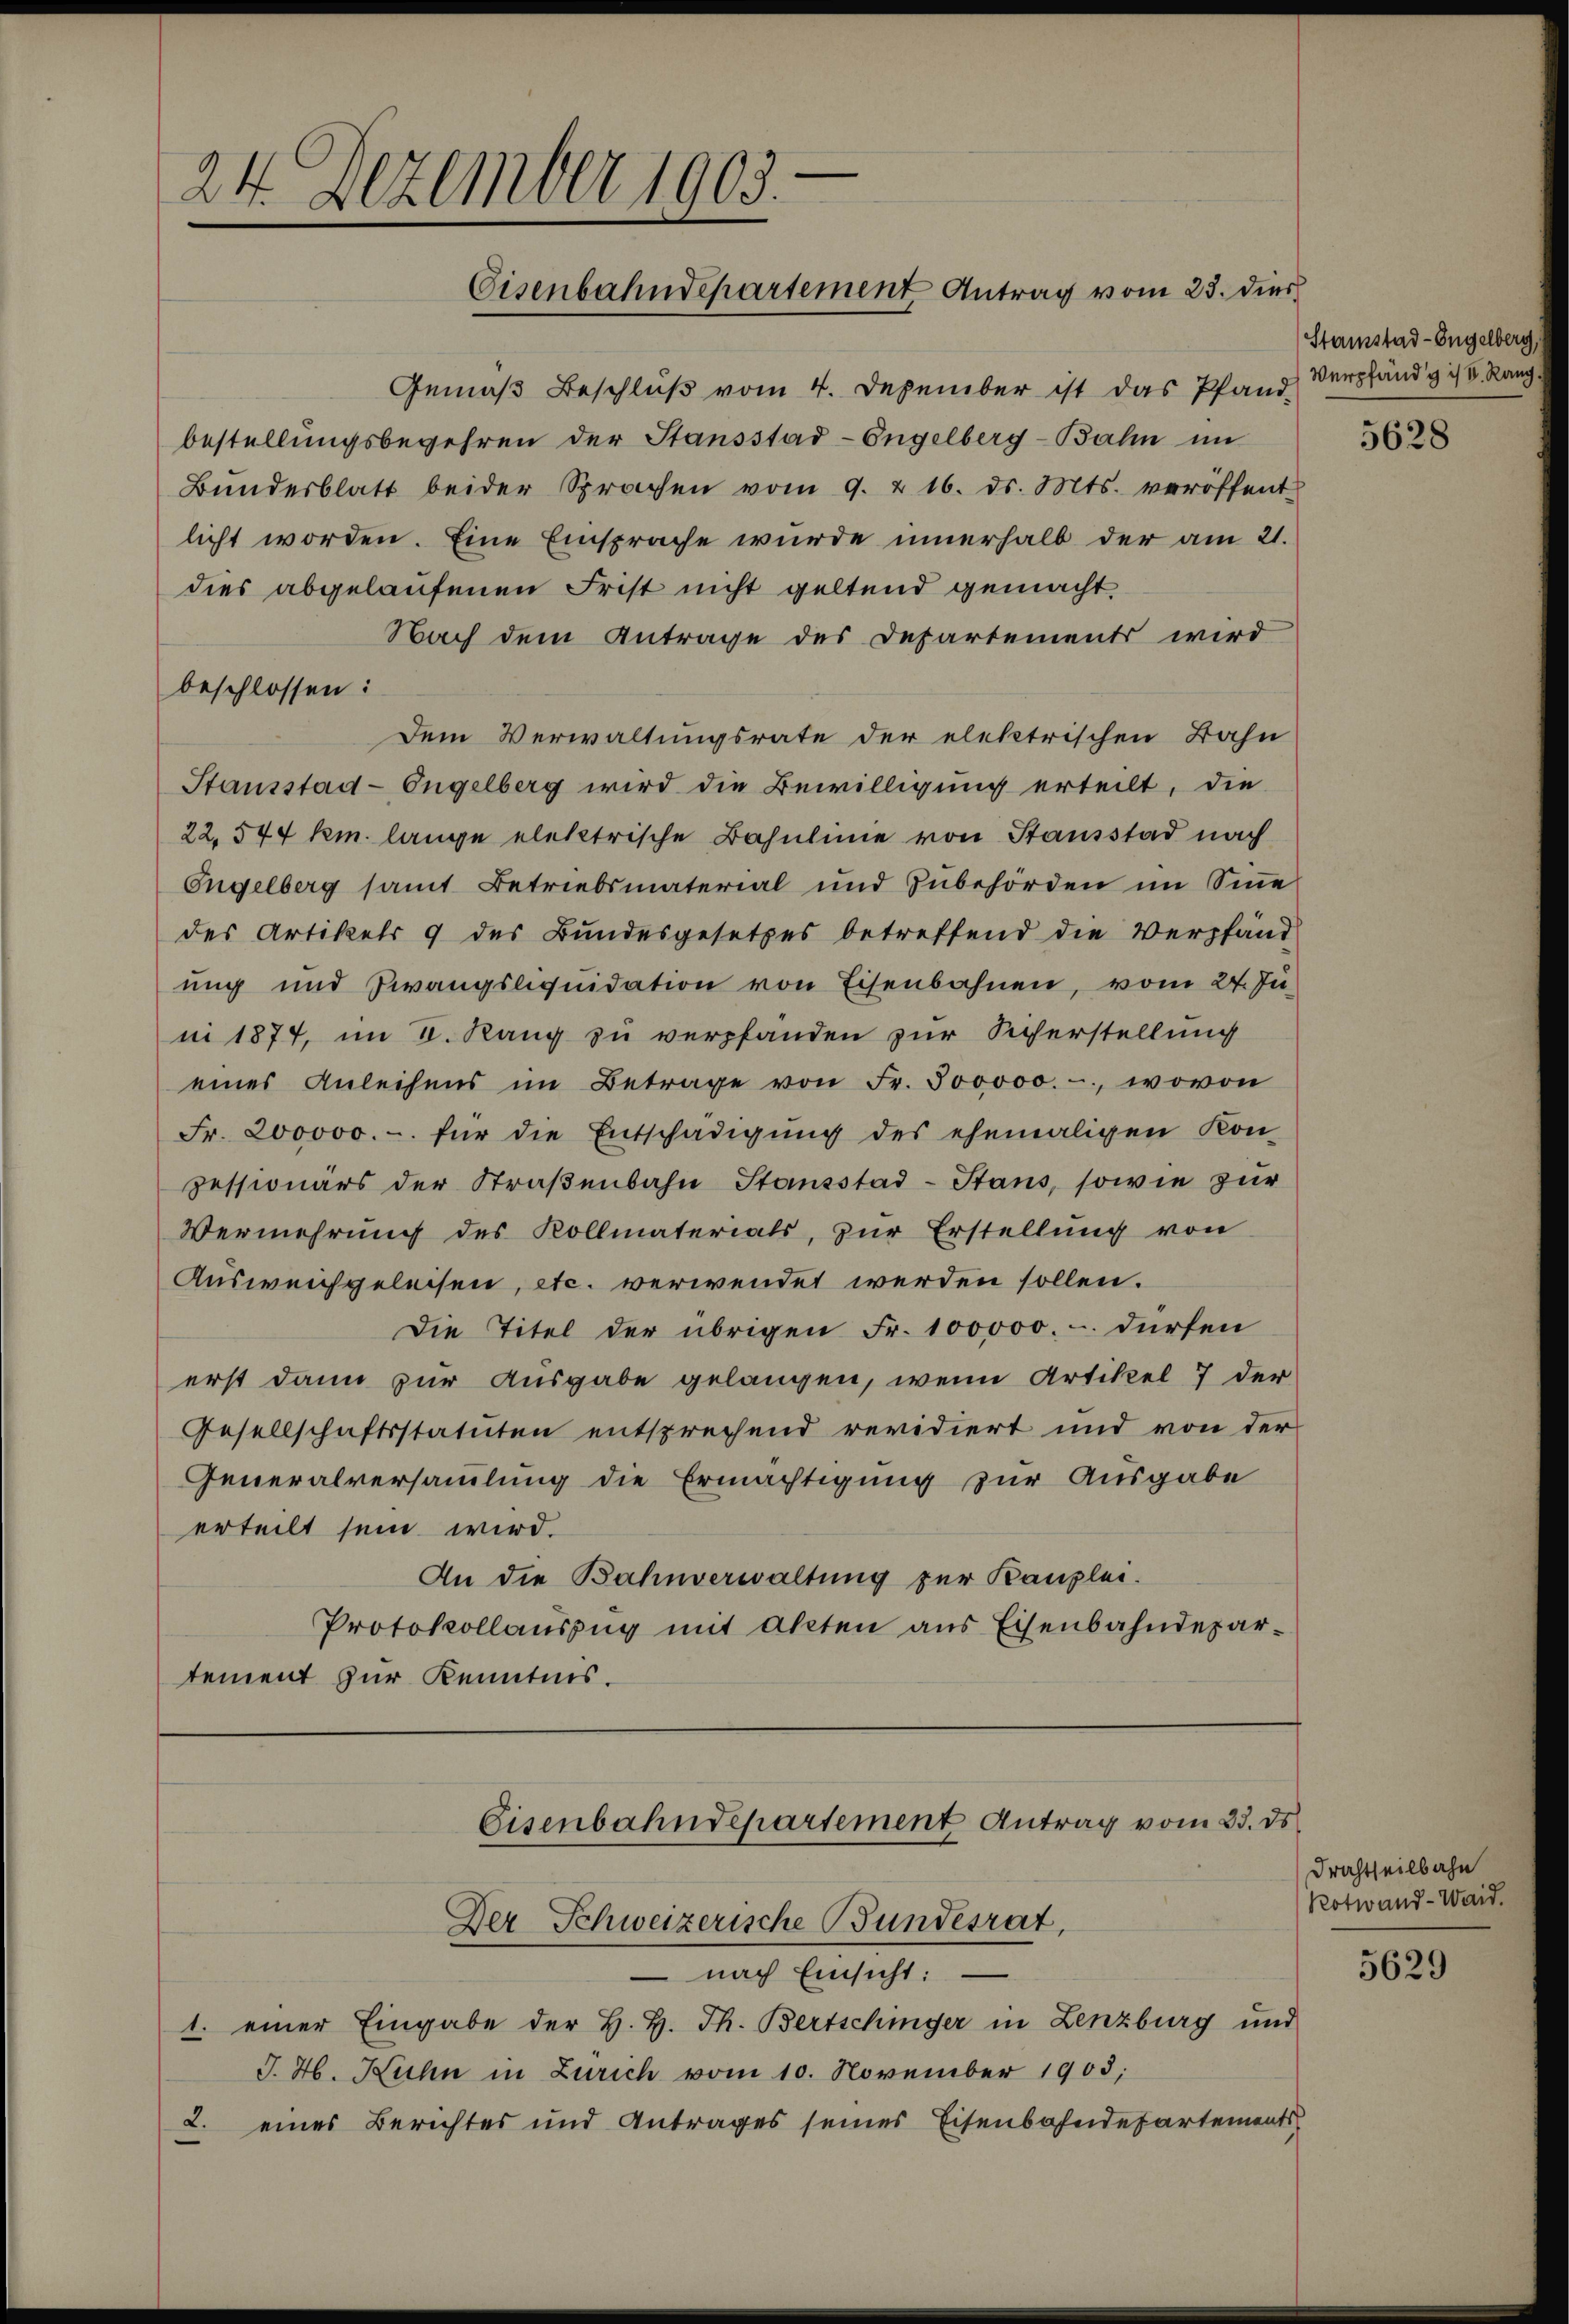
24. Dezember 1905.
Eisenbahndepartement Antrag vom 23. dies

Gemäß Beschluß vom 4. Dezember ist das Pfand Verpfändig ist. Rang
bestellungsbegehren der Stansstad-Engelberg-Bahn im
Bŭndesblatt beider Sprachen vom 9. & 16. ds. Mts. veröffent
licht worden. Eine Einsprache wurde innerhalb der am 21.
dies abgelaufenen Frist nicht geltend gemacht.
Nach dem Antrage des Departements wird
beschlossen:
Dem Verwaltungsrate der elektrischen Bahn
Stausstad- Engelberg wird die Bewilligung erteilt, die
22. 544 km. lange elektrische Bahnlinie von Stausstad nach
Engelberg samt Betriebsmaterial und Zubehörden im Sinne
des Artikels 9 des Bundesgesetzes betreffend die Verpfänd
ung und Zwangsliquidation von Eisenbahnen, vom 24. Ju
ni 1874, im V. Rang zu verpfanden zur Sicherstellung
eines Anleihens im Betrage von Fr. 300000.-, wovon
Fr. 200000.- für die Entschädigung des ehemaligen Kon-
zessionärs der Straβenbahn Stansstad- Stans, sowie zur
Vermehrung des Kollmaterials, zur Erstellung von
Ausweichgeleisen, etc. verwendet werden sollen.
Die Titel der übrigen Fr. 100000.- dürfen
erst dann zur Ausgabe gelangen, wenn Artikel 7 der
Gesellschaftsstatuten entsprechend revidiert und von der
Generalversammlung die Ermächtigung zur Ausgabe
erteilt sein wird.
An die Bahnverwaltung zur Kanzlei.
Protokollauszug mit Akten aus Eisenbahndepar-
tement zur Kenntnis.

Eisenbahndepartement Antrag vom 23. ds.
Der Schweizerische Bundesrat,
– nach Einsicht:

1. einer Eingabe der H. H. Th. Bertschinger in Lenzburg und
J. H. Huhn in Zürich vom 10. November 1905;
2. eines Berichtes und Antrages seines Eisenbahndepartements

Stamstad-Engelberg,

5628

Frachtheilbahn
Rotwand - Waid.

5629